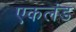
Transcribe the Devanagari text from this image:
एकलंड